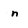
Character: n